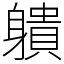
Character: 䠿